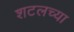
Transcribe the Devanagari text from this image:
शटलच्या